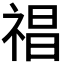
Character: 𥚕